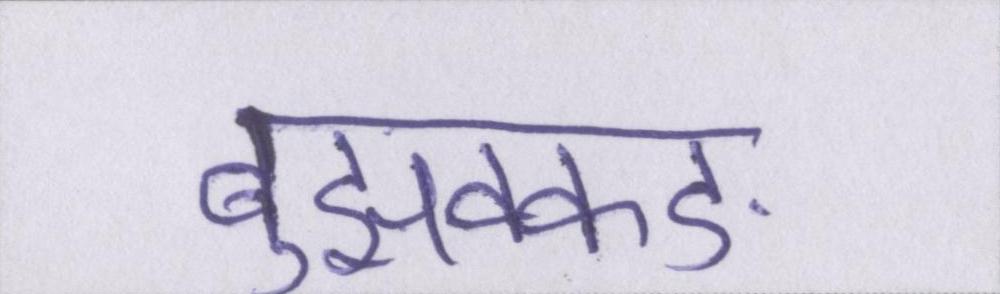
बुझक्कङ